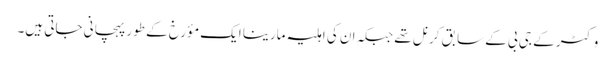
وکٹر کے جی بی کے سابق کرنل تھے جبکہ ان کی اہلیہ مارینا ایک مؤرخ کے طور پہچانی جاتی ہیں۔